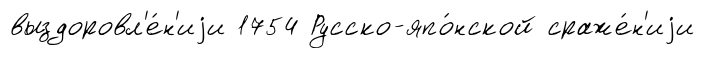
выздоровл'е́н'иjи 1754 Русско-япо́нской сраже́н'иjи